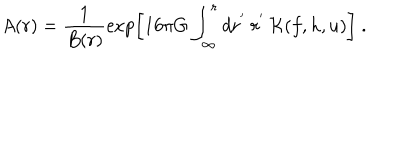
A ( r ) = \frac 1 { B ( r ) } \exp \left[ 1 6 \pi G \int _ { \infty } ^ { r } d r ^ { ' } \ r ^ { ' } \ { \cal K } ( f , h , u ) \right] \ .